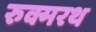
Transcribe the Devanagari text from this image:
रुक्मरथ